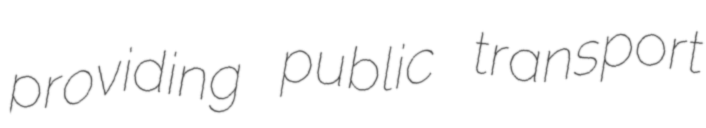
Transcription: providing public transport